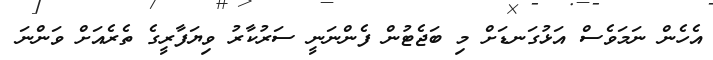
އެހެން ނަމަވެސް އަޅުގަނޑަށް މި ބަޖެޓުން ފެންނަނީ ސަރުކާރު ވިޔަފާރީގެ ތެރެއަށް ވަންނަ